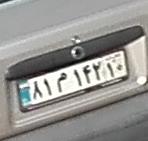
۸۱م۱۴۲۱۰